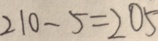
2 1 0 - 5 = 2 0 5